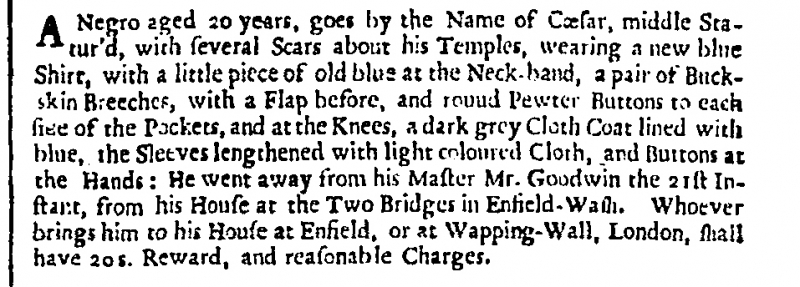
London Gazette, 27 September 1705 (England)
A Negro aged 20 years, goes by the Name of Cæsar, middle Statur’d, with several Scars about his Temples, wearing a new blue Shirt, with a little piece of old blue at the Neck band, a pair of Buckskin Breeches, with a Flap before, and round Pewter Buttons to each si[]e of the Pockets, and at the Knees, a dark grey Cloth Coat lined with blue, the Sleeves lengthened with light coloured Cloth, and Buttons at the Hands: He went away from his Master Mr. Goodwin the 21st Instant, from his House at the Two Bridges in Enfield-Wash. Whoever brings him to his House at Enfield, or at Wapping-Wall, London, shall have 20 s. Reward, and reasonable Charges.